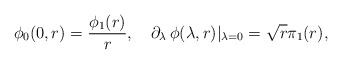
\begin{align*}\phi_0(0,r) = {\phi_1(r)\over r}, \quad \partial_\lambda \,\phi(\lambda,r)\vert_{\lambda=0} = \sqrt{r}\pi_1(r),\end{align*}